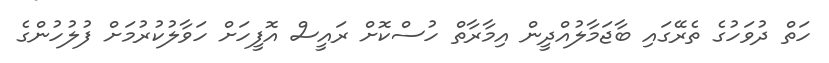
ހަތް ދުވަހުގެ ތެރޭގައި ބާޖަމާލުއްދީން އިމާރާތް ހުސްކޮށް ރައީސް އޮފީހަށް ހަވާލުކުރުމަށް ފުލުހުންގެ